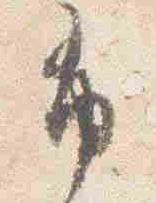
布